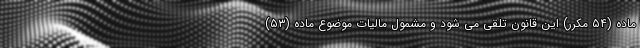
ماده (۵۴ مکرر) این قانون تلقی می شود و مشمول مالیات موضوع ماده (۵۳)